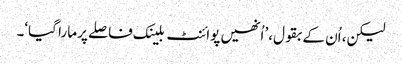
لیکن، اُن کے بقول،’ اُنھیں پوائنٹ بلینک فاصلے پر مارا گیا‘۔